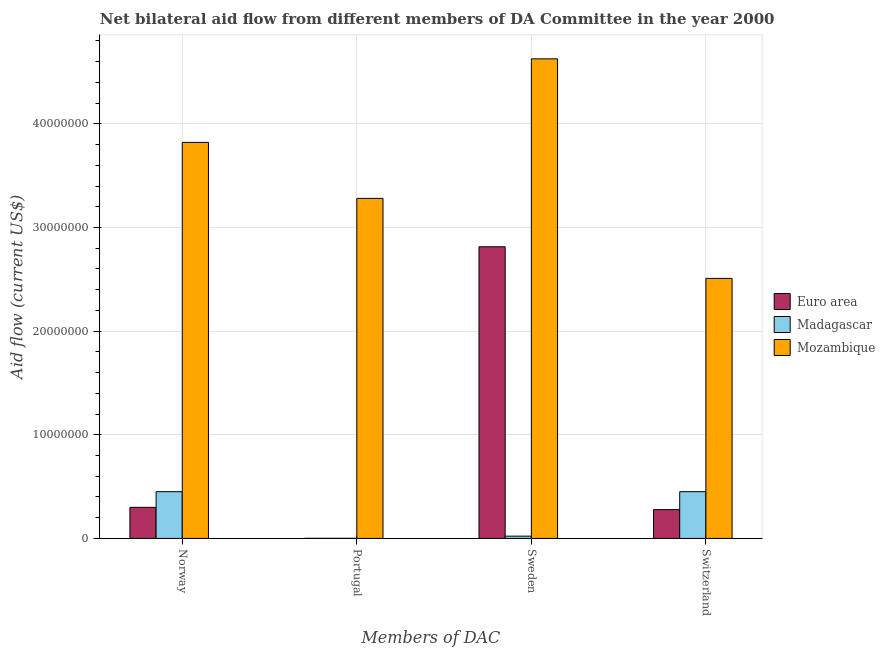
| Members of DAC | Euro area | Madagascar | Mozambique |
 | --- | --- | --- | --- |
 | Norway | 3e+06 | 4.51e+06 | 3.82e+07 |
 | Portugal | 1e+04 | 1e+04 | 3.28e+07 |
 | Sweden | 2.81e+07 | 2.2e+05 | 4.63e+07 |
 | Switzerland | 2.78e+06 | 4.51e+06 | 2.51e+07 |